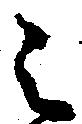
之